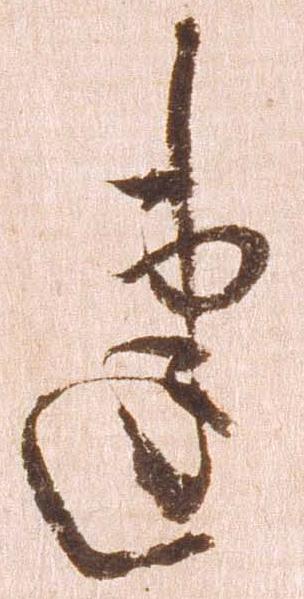
建